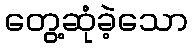
တွေ့ဆုံခဲ့သော